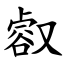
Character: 㕡